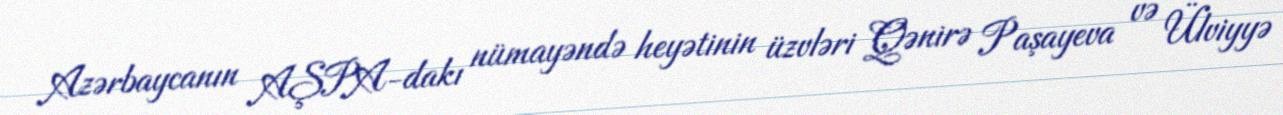
Azərbaycanın AŞPA-dakı nümayəndə heyətinin üzvləri Qənirə Paşayeva və Ülviyyə